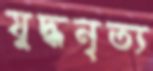
যুদ্ধনৃত্য